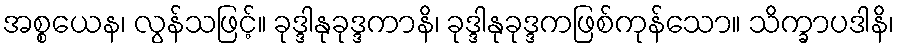
အစ္စယေန၊ လွန်သဖြင့်။ ခုဒ္ဒါနုခုဒ္ဒကာနိ၊ ခုဒ္ဒါနုခုဒ္ဒကဖြစ်ကုန်သော။ သိက္ခာပဒါနိ၊